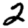
Digit: 2